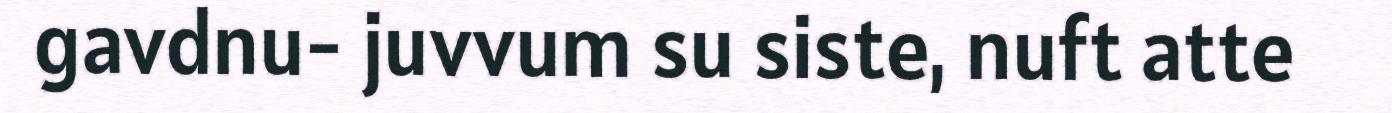
gavdnu- juvvum su siste, nuft atte